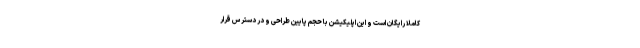
کاملا رایگان است و این اپلیکیشن با حجم پایین طراحی و در دسترس قرار